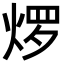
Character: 𬊜